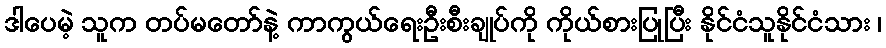
ဒါပေမဲ့ သူက တပ်မတော်နဲ့ ကာကွယ်ရေးဦးစီးချုပ်ကို ကိုယ်စားပြုပြီး နိုင်ငံသူနိုင်ငံသား ၊